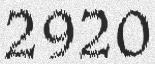
2920